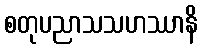
စတုပညာသသဟဿာနိ